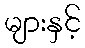
များနှင့်